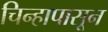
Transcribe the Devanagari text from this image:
चिन्हापासून